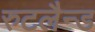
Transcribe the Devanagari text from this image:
रुटलैन्ड